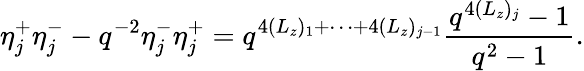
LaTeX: \eta_{j}^{+}\eta_{j}^{-}-q^{-2}\eta_{j}^{-}\eta_{j}^{+}=q^{4(L_{z})_{1}+\cdots+4(L_{z})_{j-1}}\frac{q^{4(L_{z})_{j}}-1}{q^{2}-1}.